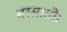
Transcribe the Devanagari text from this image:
बरसाती।